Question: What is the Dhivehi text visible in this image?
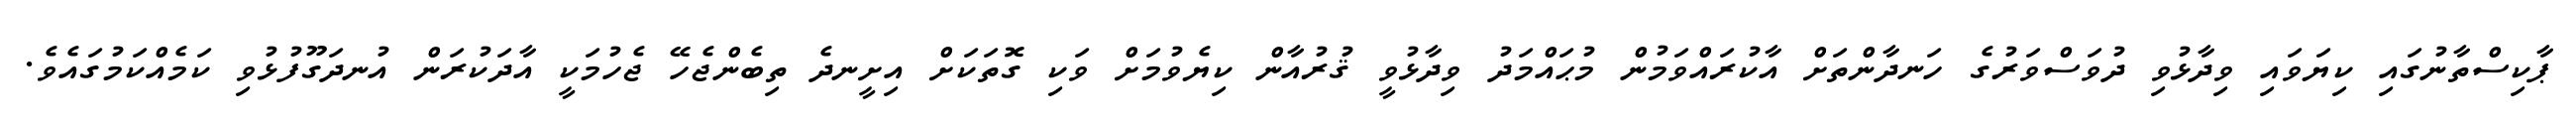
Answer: ޕާކިސްތާނުގައި ކިޔަވައި ވިދާޅުވި ދުވަސްވަރުގެ ހަނދާންތަށް އާކުރައްވަމުން މުޙައްމަދު ވިދާޅުވީ ޤުރުއާން ކިޔެވުމަށް ވަކި ގޮތަކަށް އިށީނދެ ތިބެންޖެހޭ ޖެހުމަކީ އާދަކުރަން އުނދަގޫފުޅުވި ކަމެއްކަމުގައެވެ.